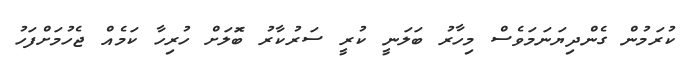
ކުރަމުން ގެންދިޔަނަމަވެސް މިހާރު ބަލަނީ ކުރީ ސަރުކާރު ބޮަލަށް ހުރިހާ ކަމެއް ޖެހުމަށްފަހު